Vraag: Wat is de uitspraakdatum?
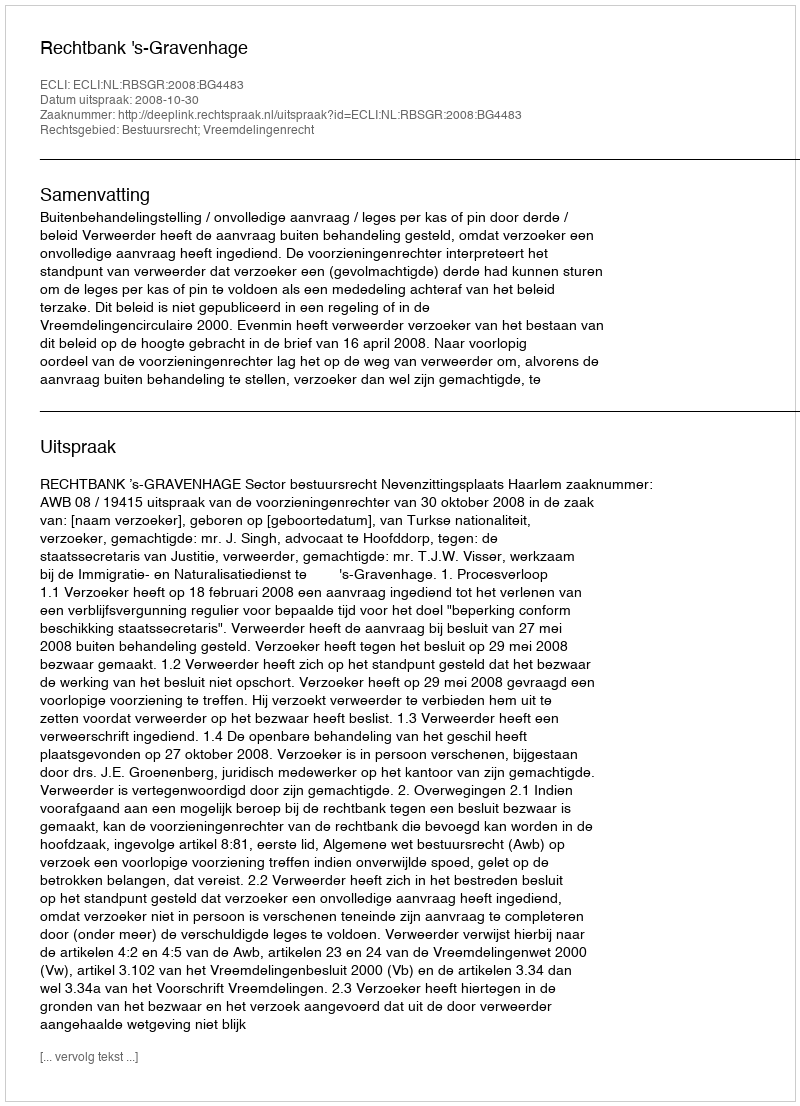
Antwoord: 2008-10-30